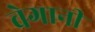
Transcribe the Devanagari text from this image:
वेगानी